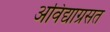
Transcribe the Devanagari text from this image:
अविद्याग्रसत